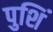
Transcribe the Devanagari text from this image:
पुशिं